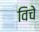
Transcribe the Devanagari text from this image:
विचे